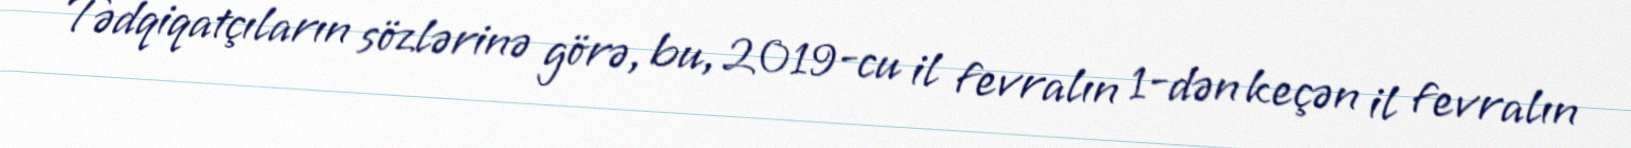
Tədqiqatçıların sözlərinə görə, bu, 2019-cu il fevralın 1-dən keçən il fevralın